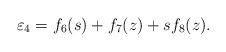
LaTeX: \begin{align*}\varepsilon_4=f_6(s) + f_7(z) + sf_8(z).\end{align*}